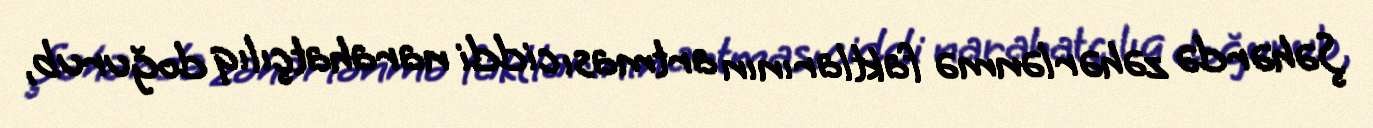
Şəhərdə zəhərlənmə faktlarının artması ciddi narahatçılıq doğurub,